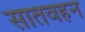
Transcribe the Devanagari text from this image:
सातवहन